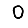
Digit: 0